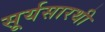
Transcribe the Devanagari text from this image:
सूर्यसारथी